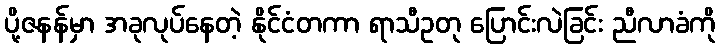
ပို့ဇနန်မှာ အခုလုပ်နေတဲ့ နိုင်ငံတကာ ရာသီဥတု ပြောင်းလဲခြင်း ညီလာခံကို